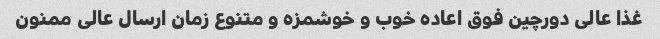
غذا عالی دورچین فوق اعاده خوب و خوشمزه و متنوع زمان ارسال عالی ممنون